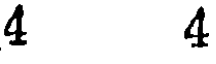
4 4